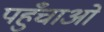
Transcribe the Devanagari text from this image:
पहुँचाओ